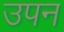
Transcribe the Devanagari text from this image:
उपन